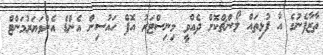
ތާޒާފެނުގެ އާ ފުޅިތައް ލޯންޗްކޮށް ދެއްވީ މިނިސްޓަރު އޮފް ހައުސިން އެންޑް އެންވަޔަރުމަންޓް